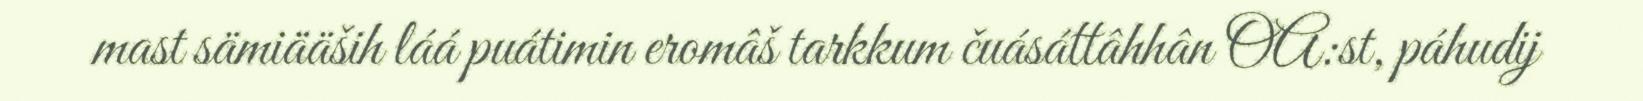
mast sämiääših láá puátimin eromâš tarkkum čuásáttâhhân OA:st, páhudij